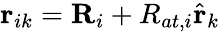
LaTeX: \mathbf{r}_{ik}=\mathbf{R}_{i}+R_{at,i}\hat{\mathbf{r}}_{k}